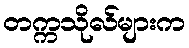
တက္ကသိုလ်များက